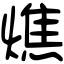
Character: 燋